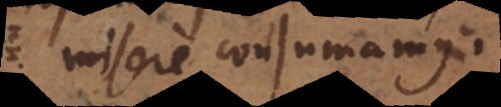
misere consumamus.